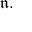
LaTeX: { \mathfrak { n } } .